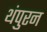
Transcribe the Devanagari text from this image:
थंपुरन